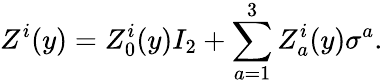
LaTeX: Z^{i}(y)=Z_{0}^{i}(y)I_{2}+\sum_{a=1}^{3}Z_{a}^{i}(y)\sigma^{a}.